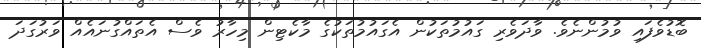
ބޮޑުވެފައި ވުމުންނެވެ. ވާދަވެރި ގައުމުތަކުން އެގައުމުތަކުގެ މާކެޓިން މިހާރު ވެސް އެތައްގުނައެއް ވަރުގަދަ